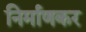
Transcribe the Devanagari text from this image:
निर्माणकर